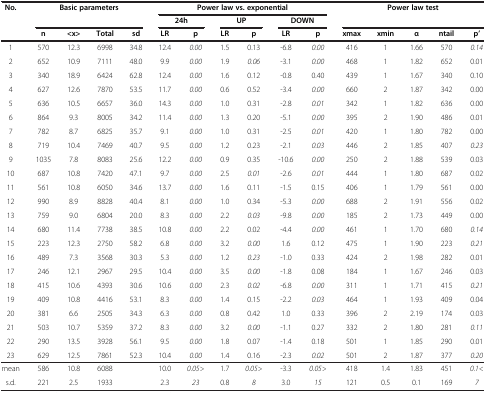
<table><thead><tr><td rowspan="3"><b>No.</b></td><td rowspan="2" colspan="4"><b>Basic parameters</b></td><td colspan="6"><b>Power law vs. exponential</b></td><td rowspan="2" colspan="5"><b>Power law test</b></td></tr><tr><td colspan="2"><b>24h</b></td><td colspan="2"><b>UP</b></td><td colspan="2"><b>DOWN</b></td></tr><tr><td><b>n</b></td><td><b>&lt;x&gt;</b></td><td><b>Total</b></td><td><b>sd</b></td><td><b>LR</b></td><td><b>p</b></td><td><b>LR</b></td><td><b>p</b></td><td><b>LR</b></td><td><b>p</b></td><td><b>xmax</b></td><td><b>xmin</b></td><td><b>α</b></td><td><b>ntail</b></td><td><b>p’</b></td></tr></thead><tbody><tr><td>1</td><td>570</td><td>12.3</td><td>6998</td><td>34.8</td><td>12.4</td><td><i>0.00</i></td><td>1.5</td><td>0.13</td><td>-6.8</td><td><i>0.00</i></td><td>416</td><td>1</td><td>1.66</td><td>570</td><td><i>0.14</i></td></tr><tr><td>2</td><td>652</td><td>10.9</td><td>7111</td><td>48.0</td><td>9.9</td><td><i>0.00</i></td><td>1.9</td><td><i>0.06</i></td><td>-3.1</td><td><i>0.00</i></td><td>468</td><td>1</td><td>1.82</td><td>652</td><td>0.01</td></tr><tr><td>3</td><td>340</td><td>18.9</td><td>6424</td><td>62.8</td><td>12.4</td><td><i>0.00</i></td><td>1.6</td><td>0.12</td><td>-0.8</td><td>0.40</td><td>439</td><td>1</td><td>1.67</td><td>340</td><td>0.10</td></tr><tr><td>4</td><td>627</td><td>12.6</td><td>7870</td><td>53.5</td><td>11.7</td><td><i>0.00</i></td><td>0.6</td><td>0.52</td><td>-3.4</td><td><i>0.00</i></td><td>660</td><td>2</td><td>1.87</td><td>342</td><td>0.00</td></tr><tr><td>5</td><td>636</td><td>10.5</td><td>6657</td><td>36.0</td><td>14.3</td><td><i>0.00</i></td><td>1.0</td><td>0.31</td><td>-2.8</td><td><i>0.01</i></td><td>342</td><td>1</td><td>1.82</td><td>636</td><td>0.00</td></tr><tr><td>6</td><td>864</td><td>9.3</td><td>8005</td><td>34.2</td><td>11.4</td><td><i>0.00</i></td><td>1.3</td><td>0.20</td><td>-5.1</td><td><i>0.00</i></td><td>395</td><td>2</td><td>1.90</td><td>486</td><td>0.01</td></tr><tr><td>7</td><td>782</td><td>8.7</td><td>6825</td><td>35.7</td><td>9.1</td><td><i>0.00</i></td><td>1.0</td><td>0.31</td><td>-2.5</td><td><i>0.01</i></td><td>420</td><td>1</td><td>1.80</td><td>782</td><td>0.00</td></tr><tr><td>8</td><td>719</td><td>10.4</td><td>7469</td><td>40.7</td><td>9.5</td><td><i>0.00</i></td><td>1.2</td><td>0.23</td><td>-2.1</td><td><i>0.03</i></td><td>446</td><td>2</td><td>1.85</td><td>407</td><td><i>0.23</i></td></tr><tr><td>9</td><td>1035</td><td>7.8</td><td>8083</td><td>25.6</td><td>12.2</td><td><i>0.00</i></td><td>0.9</td><td>0.35</td><td>-10.6</td><td><i>0.00</i></td><td>250</td><td>2</td><td>1.88</td><td>539</td><td>0.03</td></tr><tr><td>10</td><td>687</td><td>10.8</td><td>7420</td><td>47.1</td><td>9.7</td><td><i>0.00</i></td><td>2.5</td><td><i>0.01</i></td><td>-2.6</td><td><i>0.01</i></td><td>444</td><td>1</td><td>1.80</td><td>687</td><td>0.02</td></tr><tr><td>11</td><td>561</td><td>10.8</td><td>6050</td><td>34.6</td><td>13.7</td><td><i>0.00</i></td><td>1.6</td><td>0.11</td><td>-1.5</td><td>0.15</td><td>406</td><td>1</td><td>1.79</td><td>561</td><td>0.00</td></tr><tr><td>12</td><td>990</td><td>8.9</td><td>8828</td><td>40.4</td><td>8.1</td><td><i>0.00</i></td><td>1.0</td><td>0.34</td><td>-5.3</td><td><i>0.00</i></td><td>688</td><td>2</td><td>1.91</td><td>556</td><td>0.02</td></tr><tr><td>13</td><td>759</td><td>9.0</td><td>6804</td><td>20.0</td><td>8.3</td><td><i>0.00</i></td><td>2.2</td><td><i>0.03</i></td><td>-9.8</td><td><i>0.00</i></td><td>185</td><td>2</td><td>1.73</td><td>449</td><td>0.00</td></tr><tr><td>14</td><td>680</td><td>11.4</td><td>7738</td><td>38.5</td><td>10.8</td><td><i>0.00</i></td><td>2.2</td><td>0.02</td><td>-4.4</td><td><i>0.00</i></td><td>461</td><td>1</td><td>1.70</td><td>680</td><td><i>0.14</i></td></tr><tr><td>15</td><td>223</td><td>12.3</td><td>2750</td><td>58.2</td><td>6.8</td><td><i>0.00</i></td><td>3.2</td><td><i>0.00</i></td><td>1.6</td><td>0.12</td><td>475</td><td>1</td><td>1.90</td><td>223</td><td><i>0.21</i></td></tr><tr><td>16</td><td>489</td><td>7.3</td><td>3568</td><td>30.3</td><td>5.3</td><td><i>0.00</i></td><td>1.2</td><td><i>0.23</i></td><td>-1.0</td><td>0.33</td><td>424</td><td>2</td><td>1.98</td><td>282</td><td>0.01</td></tr><tr><td>17</td><td>246</td><td>12.1</td><td>2967</td><td>29.5</td><td>10.4</td><td><i>0.00</i></td><td>3.5</td><td><i>0.00</i></td><td>-1.8</td><td>0.08</td><td>184</td><td>1</td><td>1.67</td><td>246</td><td>0.03</td></tr><tr><td>18</td><td>415</td><td>10.6</td><td>4393</td><td>30.6</td><td>10.6</td><td><i>0.00</i></td><td>2.3</td><td><i>0.02</i></td><td>-6.8</td><td><i>0.00</i></td><td>311</td><td>1</td><td>1.71</td><td>415</td><td><i>0.21</i></td></tr><tr><td>19</td><td>409</td><td>10.8</td><td>4416</td><td>53.1</td><td>8.3</td><td><i>0.00</i></td><td>1.4</td><td>0.15</td><td>-2.2</td><td><i>0.03</i></td><td>464</td><td>1</td><td>1.93</td><td>409</td><td>0.04</td></tr><tr><td>20</td><td>381</td><td>6.6</td><td>2505</td><td>34.3</td><td>6.3</td><td><i>0.00</i></td><td>0.8</td><td>0.42</td><td>1.0</td><td>0.33</td><td>396</td><td>2</td><td>2.19</td><td>174</td><td>0.03</td></tr><tr><td>21</td><td>503</td><td>10.7</td><td>5359</td><td>37.2</td><td>8.3</td><td><i>0.00</i></td><td>3.2</td><td><i>0.00</i></td><td>-1.1</td><td>0.27</td><td>332</td><td>2</td><td>1.80</td><td>281</td><td><i>0.11</i></td></tr><tr><td>22</td><td>290</td><td>13.5</td><td>3928</td><td>56.1</td><td>9.5</td><td><i>0.00</i></td><td>1.8</td><td>0.07</td><td>-1.4</td><td>0.18</td><td>501</td><td>1</td><td>1.85</td><td>290</td><td>0.01</td></tr><tr><td>23</td><td>629</td><td>12.5</td><td>7861</td><td>52.3</td><td>10.4</td><td><i>0.00</i></td><td>1.4</td><td>0.16</td><td>-2.3</td><td><i>0.02</i></td><td>501</td><td>2</td><td>1.87</td><td>377</td><td><i>0.20</i></td></tr><tr><td>mean</td><td>586</td><td>10.8</td><td>6088</td><td> </td><td>10.0</td><td><i>0.05&gt;</i></td><td>1.7</td><td><i>0.05&gt;</i></td><td>-3.3</td><td><i>0.05&gt;</i></td><td>418</td><td>1.4</td><td>1.83</td><td>451</td><td><i>0.1&lt;</i></td></tr><tr><td>s.d.</td><td>221</td><td>2.5</td><td>1933</td><td> </td><td>2.3</td><td><i>23</i></td><td>0.8</td><td><i>8</i></td><td>3.0</td><td><i>15</i></td><td>121</td><td>0.5</td><td>0.1</td><td>169</td><td><i>7</i></td></tr></tbody></table>